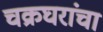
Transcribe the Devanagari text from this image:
चक्रघरांचा